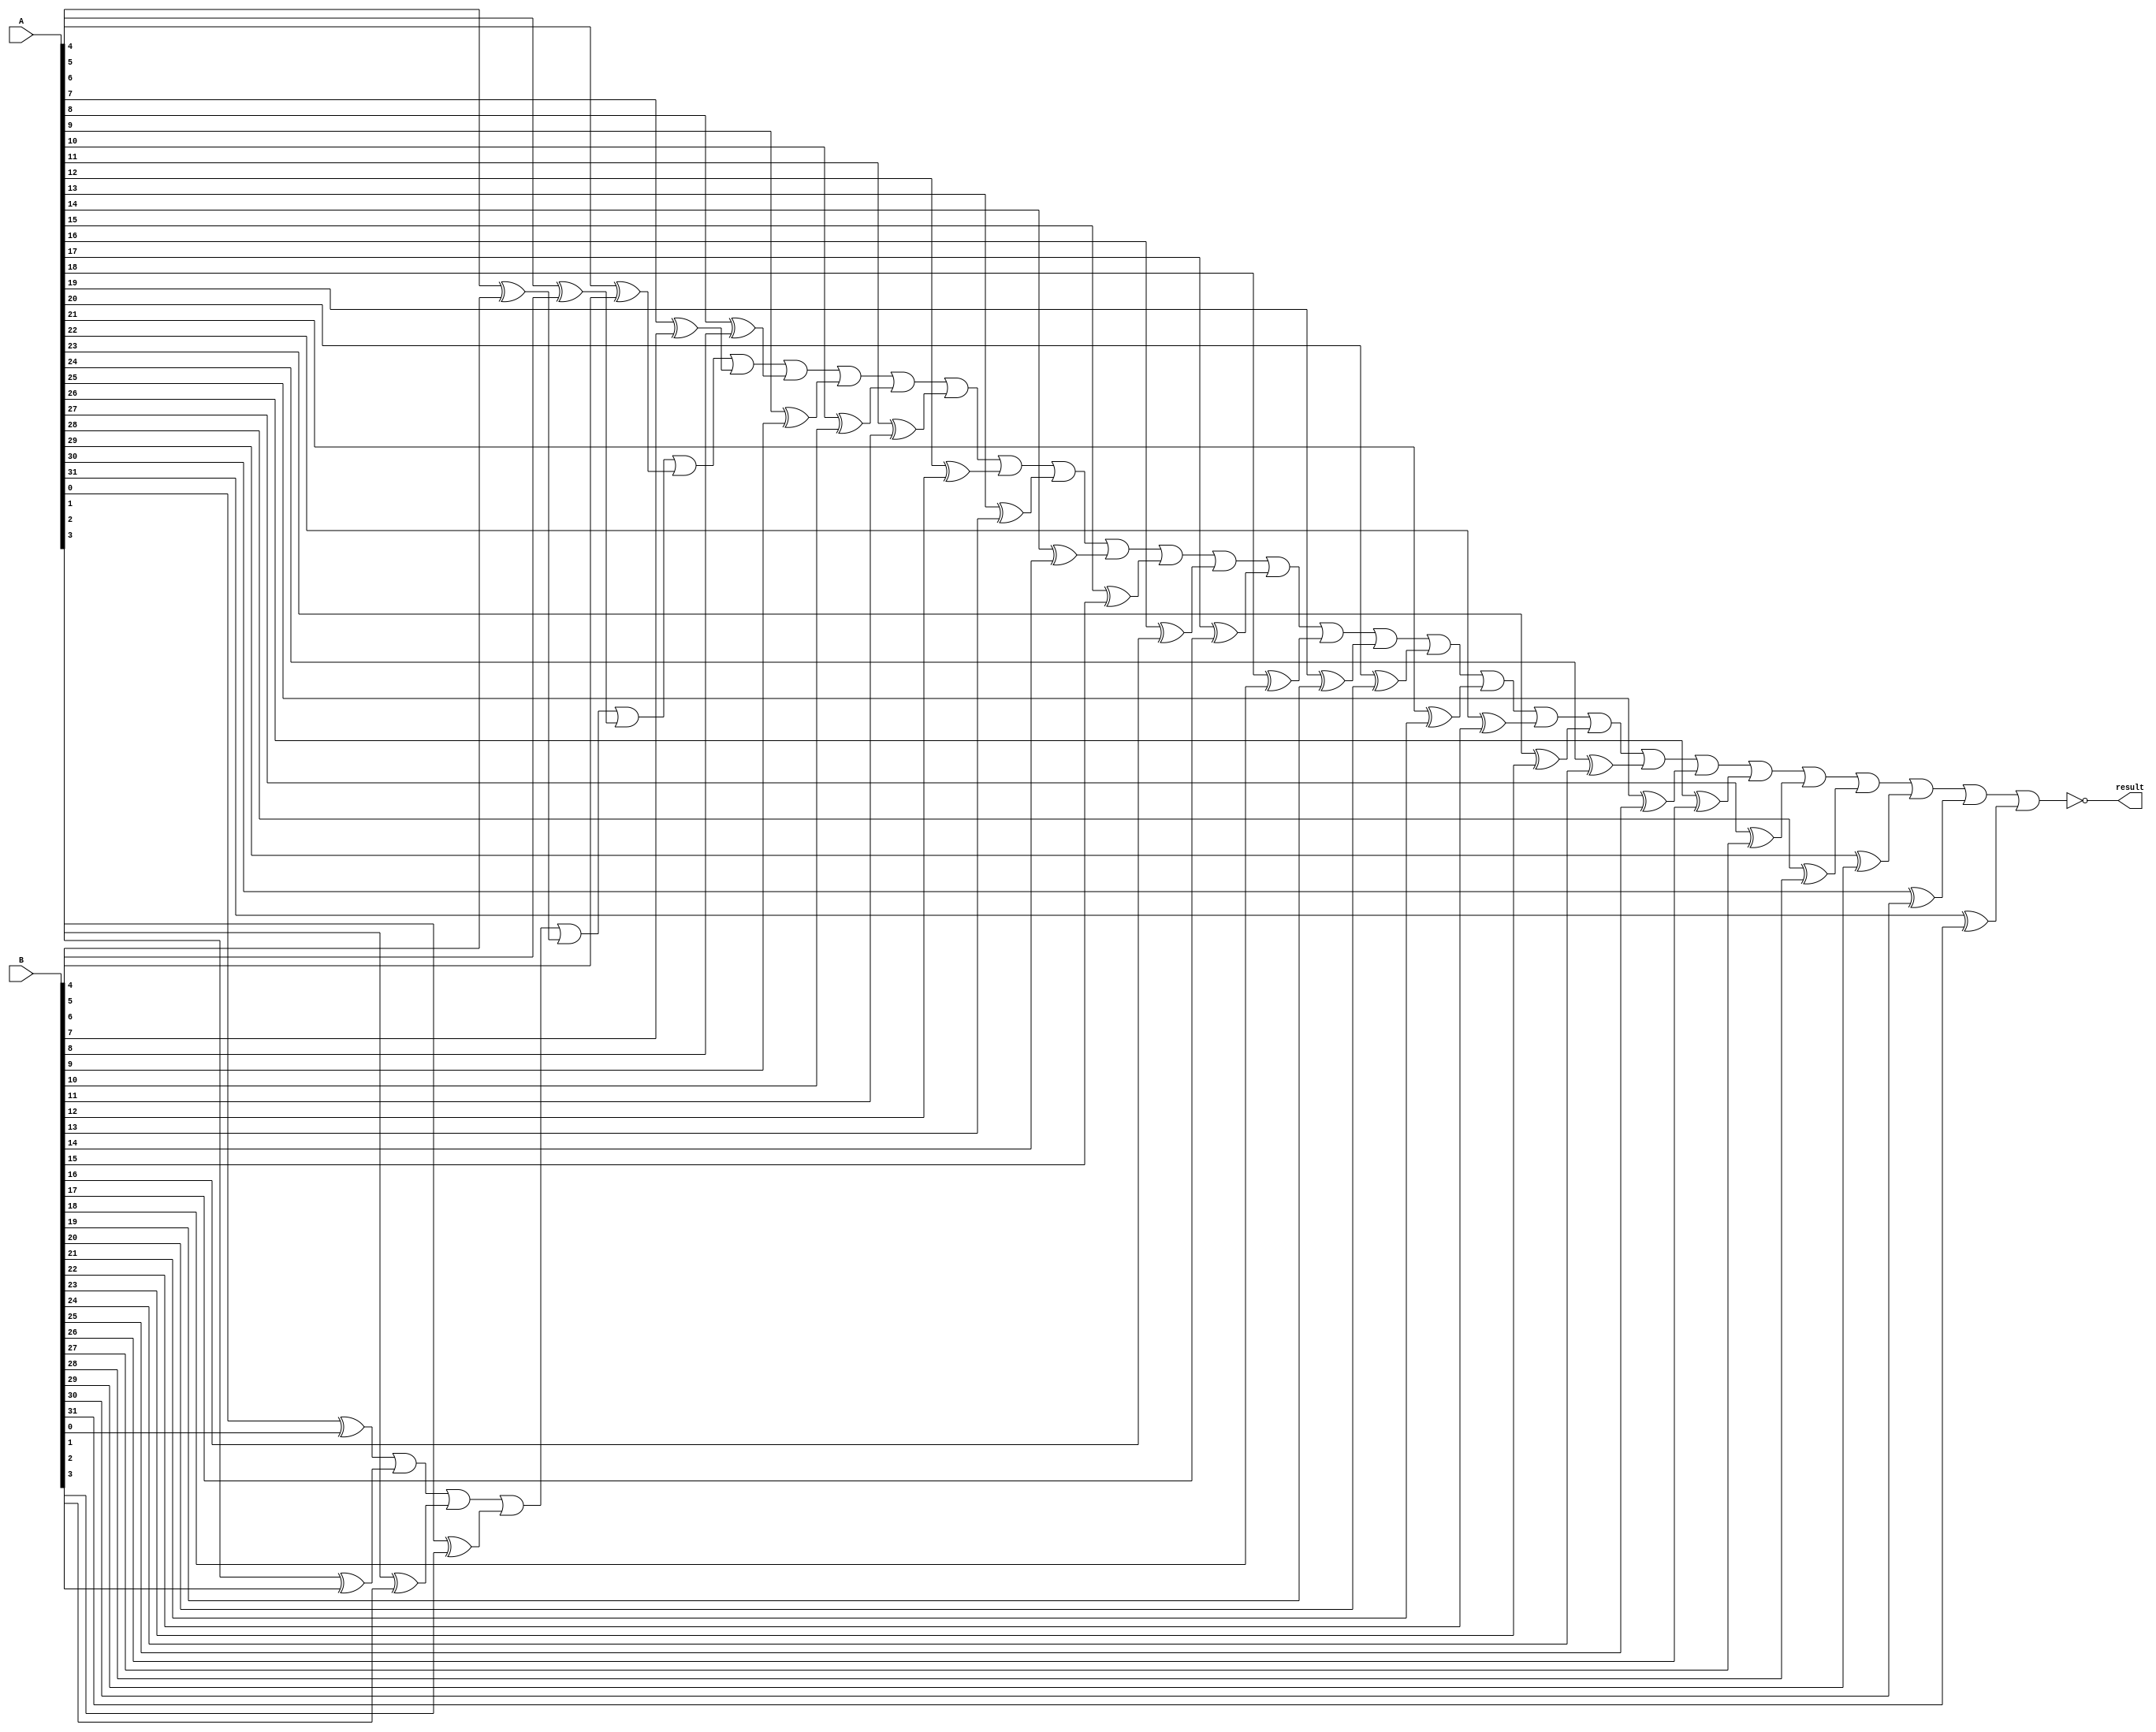
module _32bit_comparator(result, A, B);
input [31:0] A, B;
output result;
wire wXor0, wXor1, wXor2, wXor3, wXor4, wXor5, wXor6, wXor7, wXor8, wXor9, wXor10, wXor11, wXor12, wXor13, wXor14, wXor15, wXor16, wXor17, wXor18, wXor19, wXor20, wXor21, wXor22, wXor23, wXor24, wXor25, wXor26, wXor27, wXor28, wXor29, wXor30, wXor31;

xor (wXor0, A[0], B[0]);
xor (wXor1, A[1], B[1]);
xor (wXor2, A[2], B[2]);
xor (wXor3, A[3], B[3]);
xor (wXor4, A[4], B[4]);
xor (wXor5, A[5], B[5]);
xor (wXor6, A[6], B[6]);
xor (wXor7, A[7], B[7]);
xor (wXor8, A[8], B[8]);
xor (wXor9, A[9], B[9]);
xor (wXor10, A[10], B[10]);
xor (wXor11, A[11], B[11]);
xor (wXor12, A[12], B[12]);
xor (wXor13, A[13], B[13]);
xor (wXor14, A[14], B[14]);
xor (wXor15, A[15], B[15]);
xor (wXor16, A[16], B[16]);
xor (wXor17, A[17], B[17]);
xor (wXor18, A[18], B[18]);
xor (wXor19, A[19], B[19]);
xor (wXor20, A[20], B[20]);
xor (wXor21, A[21], B[21]);
xor (wXor22, A[22], B[22]);
xor (wXor23, A[23], B[23]);
xor (wXor24, A[24], B[24]);
xor (wXor25, A[25], B[25]);
xor (wXor26, A[26], B[26]);
xor (wXor27, A[27], B[27]);
xor (wXor28, A[28], B[28]);
xor (wXor29, A[29], B[29]);
xor (wXor30, A[30], B[30]);
xor (wXor31, A[31], B[31]);

nor (result, wXor0, wXor1, wXor2, wXor3, wXor4, wXor5, wXor6, wXor7, wXor8, wXor9, wXor10, wXor11, wXor12, wXor13, wXor14, wXor15, wXor16, wXor17, wXor18, wXor19, wXor20, wXor21, wXor22, wXor23, wXor24, wXor25, wXor26, wXor27, wXor28, wXor29, wXor30, wXor31);

endmodule